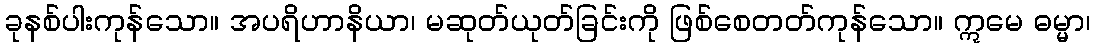
ခုနစ်ပါးကုန်သော။ အပရိဟာနိယာ၊ မဆုတ်ယုတ်ခြင်းကို ဖြစ်စေတတ်ကုန်သော။ ဣမေ ဓမ္မာ၊